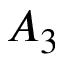
A _ { 3 }